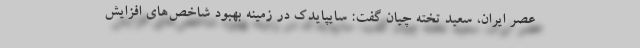
عصر ایران، سعيد تخته چيان گفت: سايپايدك در زمينه بهبود شاخص‌هاي افزايش